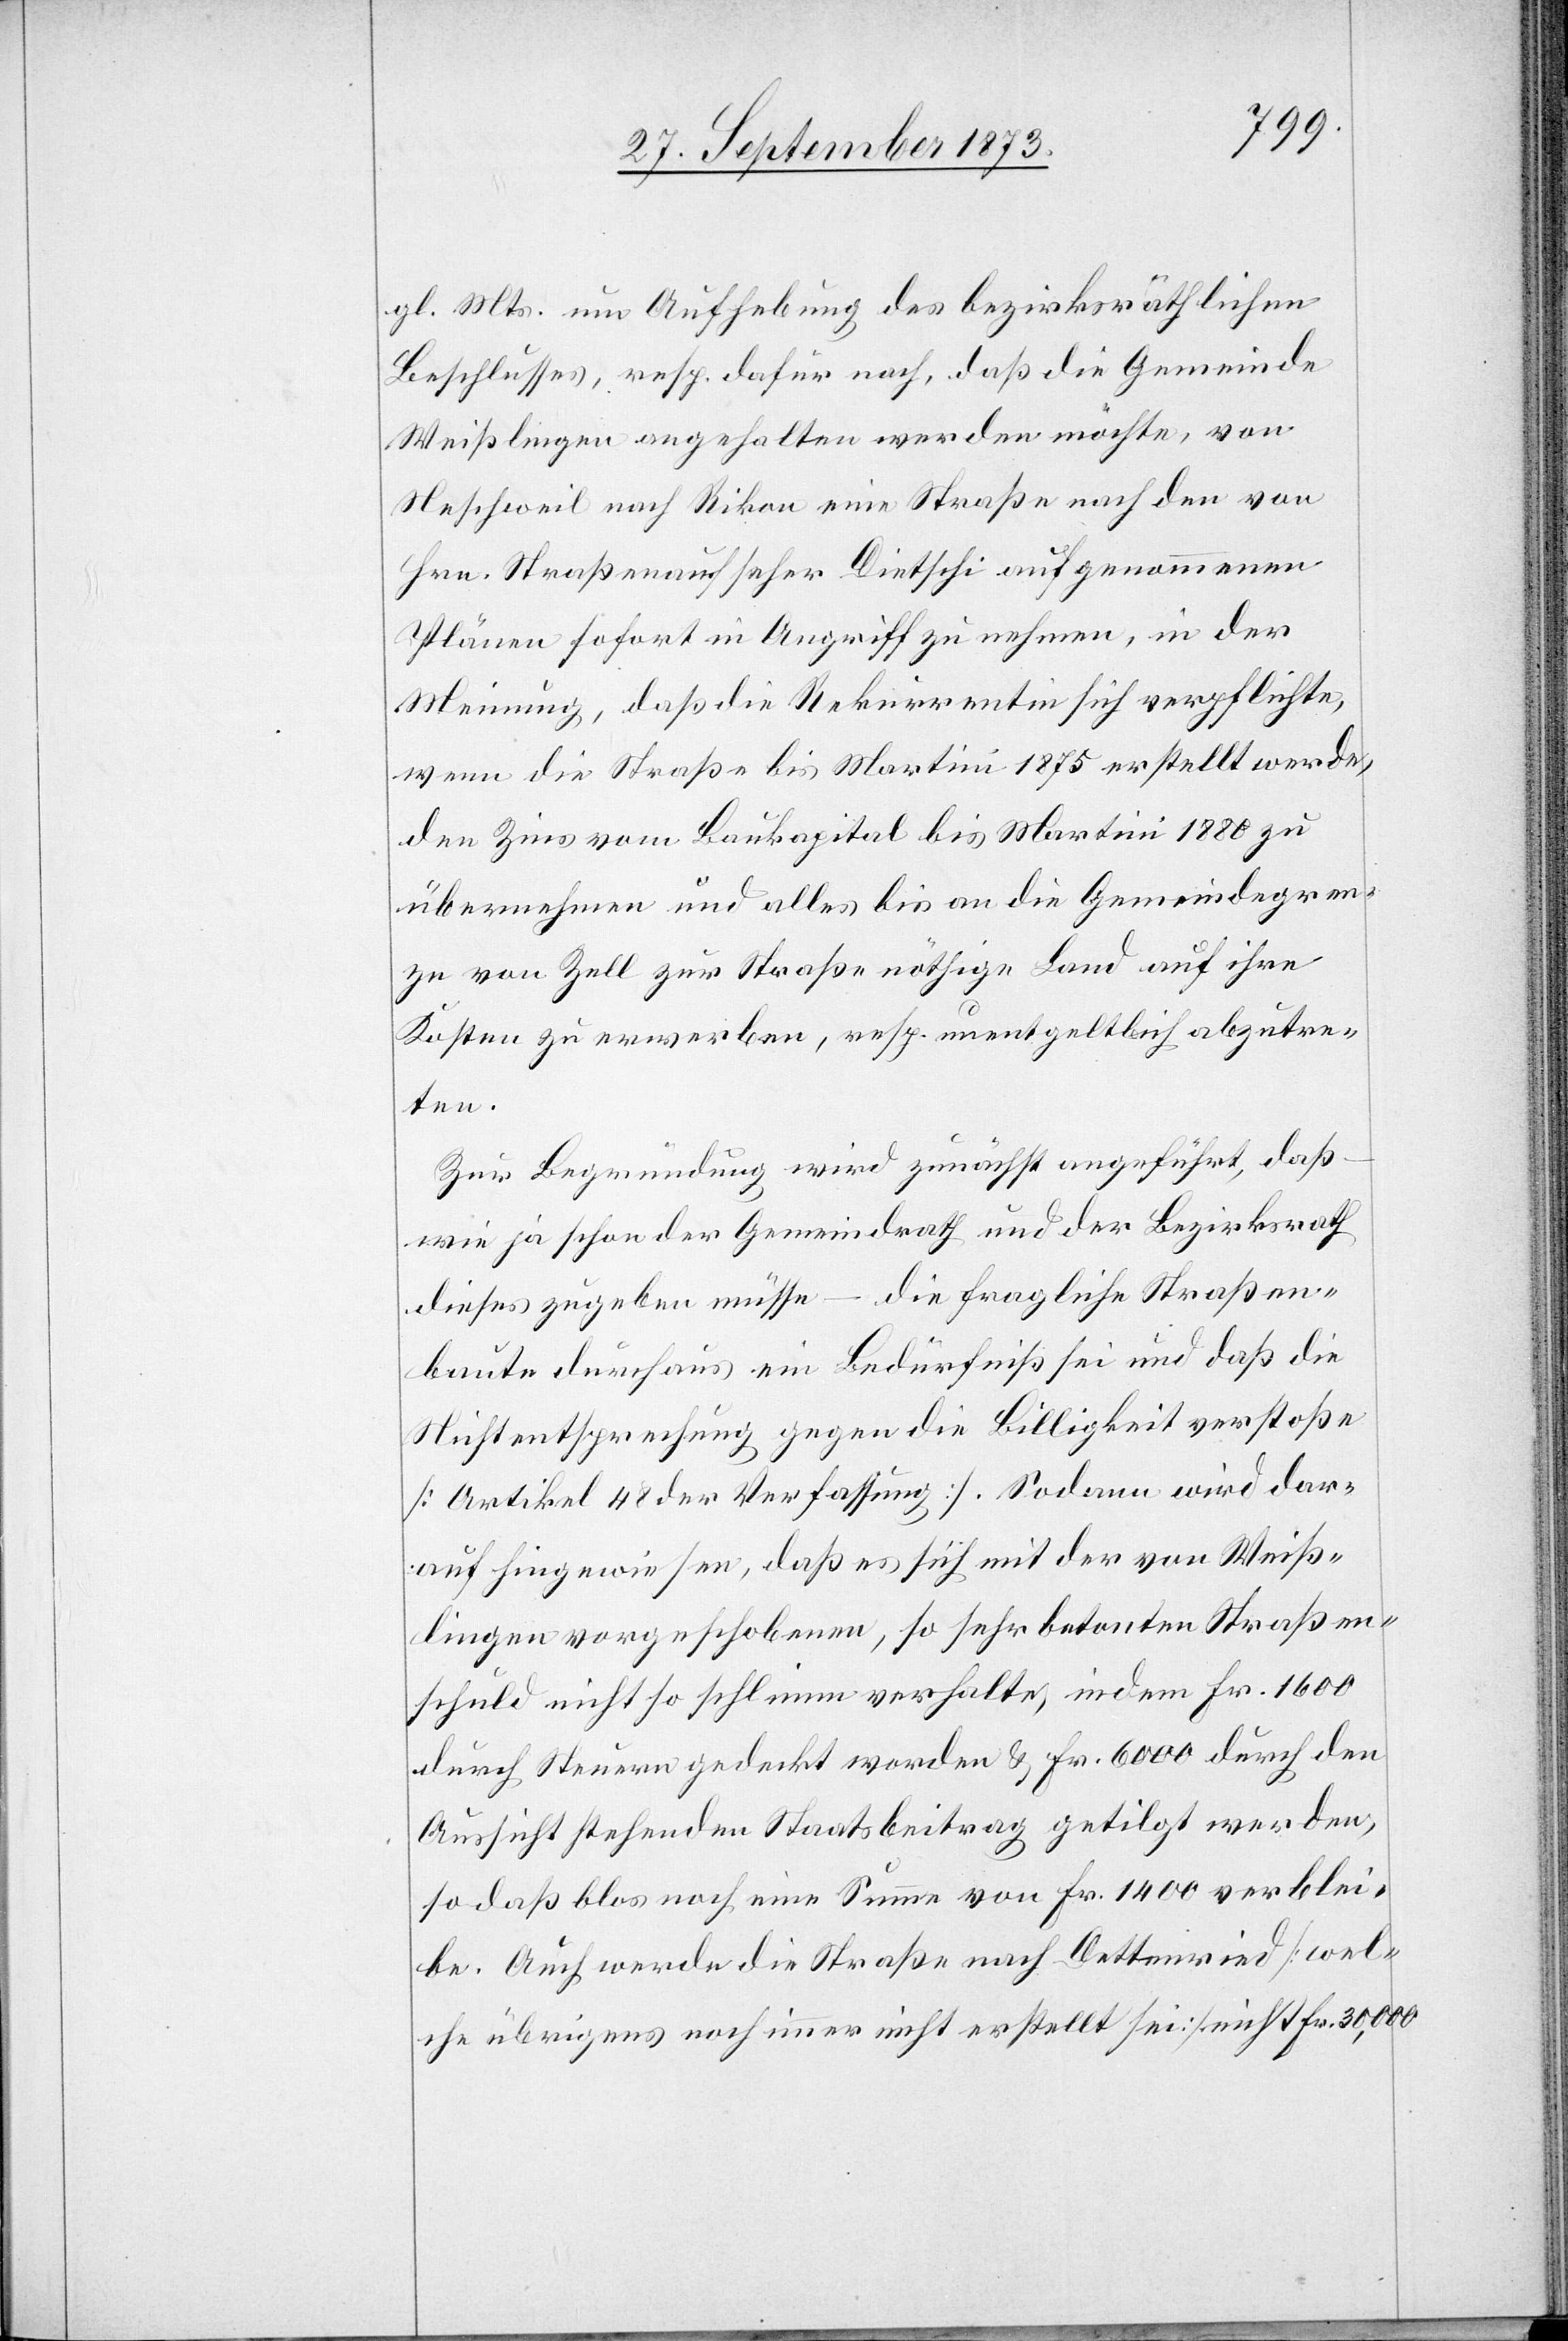
gl. Mts. um Aufhebung des bezirksräthlichen
Beschlusses, resp. dafür nach, daß die Gemeinde
Weißlingen angehalten werden möchte, von
Neschweil nach Rikon eine Straße nach den von
Hrn. Straßenaufseher Dietschi aufgenommenen
Plänen sofort in Angriff zu nehmen, in der
Meinung, daß die Rekurrentin sich verpflichte,
wenn die Straße bis Martini 1875 erstellt werde,
den Zins vom Baukapital bis Martini 1880 zu
übernehmen und alles bis an die Gemeindegren¬
zen von Zell zur Straße nöthige Land auf ihre
Kosten zu erwerben, resp. unentgeltlich abzutre¬
ten.
Zur Begründung wird zunächst angeführt, daß
wie ja schon der Gemeindrath und der Bezirksrath
dieses zugeben müsse – die fragliche Straßen¬
baute durchaus ein Bedürfniß sei und daß die
Nichtentsprechung gegen die Billigkeit verstoße
[Artikel 48 der Verfassung]. Sodann wird dar¬
auf hingewiesen, daß es sich mit der von Weiß¬
lingen vorgeschobenen, so sehr betonten Straßen¬
schuld nicht so schlimm verhalte, indem Fr. 1 600
durch Steuern gedeckt worden & Fr. 6 000 durch den
Aussicht stehenden Staatsbeitrag getilgt werden,
so daß blos noch eine Summe von Fr. 1 400 verblei¬
be. Auch werde die Straße nach Dettenried [wel¬
che übrigens noch immer nicht erstellt sei] nicht Fr. 30,000